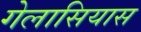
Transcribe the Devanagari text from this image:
गेलासियास